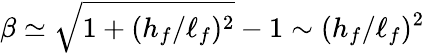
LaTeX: \beta\simeq\sqrt{1+(h_{f}/\ell_{f})^{2}}-1\sim(h_{f}/\ell_{f})^{2}